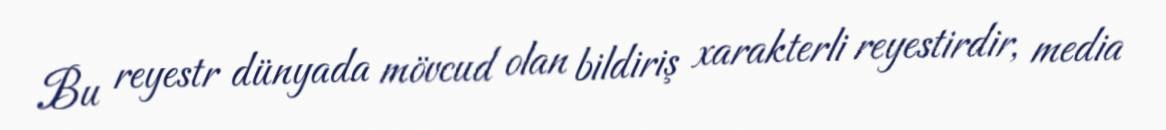
Bu reyestr dünyada mövcud olan bildiriş xarakterli reyestirdir, media